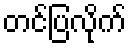
တင်ပြလိုက်